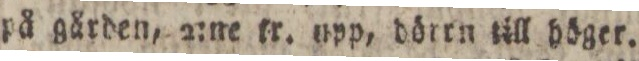
på gården, 2:ne tr. upp, dörrn till höger.